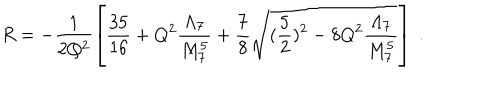
LaTeX: R = - \frac { 1 } { 2 Q ^ { 2 } } \left[ \frac { 3 5 } { 1 6 } + Q ^ { 2 } \frac { \Lambda _ { 7 } } { M _ { 7 } ^ { 5 } } + \frac { 7 } { 8 } \sqrt { ( \frac { 5 } { 2 } ) ^ { 2 } - 8 Q ^ { 2 } \frac { \Lambda _ { 7 } } { M _ { 7 } ^ { 5 } } } \right] ~ .